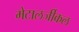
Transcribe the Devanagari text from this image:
मेटालर्जीकल